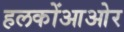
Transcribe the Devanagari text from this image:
हलकोंआओर